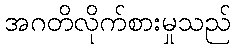
အဂတိလိုက်စားမှုသည်